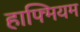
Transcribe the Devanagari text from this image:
हाफ्मियम